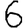
Digit: 6